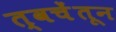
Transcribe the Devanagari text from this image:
त्वचेंतून